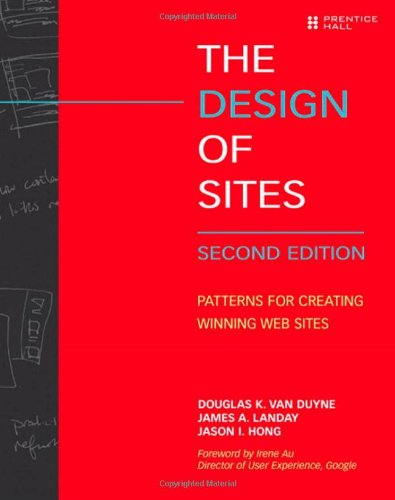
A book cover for The Design of Sites: Patterns for Creating Winning Web Sites (2nd Edition); Douglas K. van Duyne; Computers & Technology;